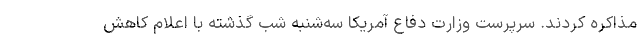
مذاکره کردند. سرپرست وزارت دفاع آمریکا سه‌شنبه شب گذشته با اعلام کاهش